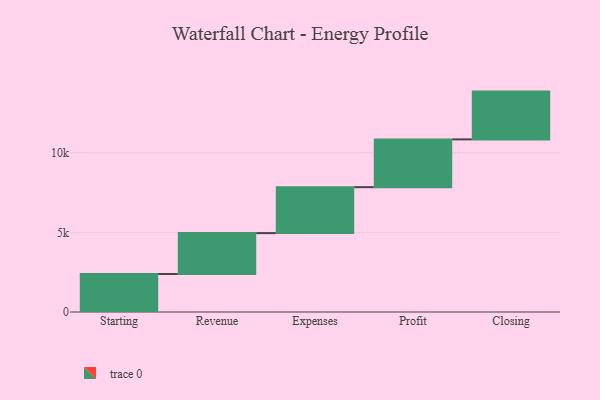
{"axis": {"x": "Step", "y": "Value"}, "legend": [""], "data": [{"x": "Starting", "y": 2388.0, "type": ""}, {"x": "Revenue", "y": 2565.0, "type": ""}, {"x": "Expenses", "y": 2885.0, "type": ""}, {"x": "Profit", "y": 3000, "type": ""}, {"x": "Closing", "y": 3000, "type": ""}]}